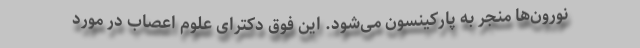
نورون‌ها منجر به پارکینسون می‌شود. این فوق دکترای علوم اعصاب در مورد